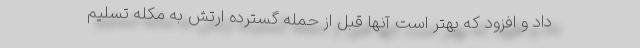
داد و افزود که بهتر است آنها قبل از حمله گسترده ارتش به مکله تسلیم